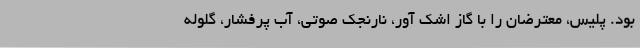
بود. پلیس، معترضان را با گاز اشک آور، نارنجک صوتی، آب پرفشار، گلوله